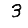
Digit: 3